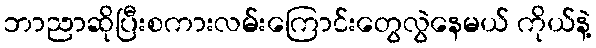
ဘာညာဆိုပြီးစကားလမ်းကြောင်းတွေလွဲနေမယ် ကိုယ်နဲ့